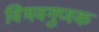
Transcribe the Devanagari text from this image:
विभवगुणक